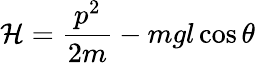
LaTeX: \mathcal{H}=\frac{p^{2}}{2m}-mgl\cos{\theta}